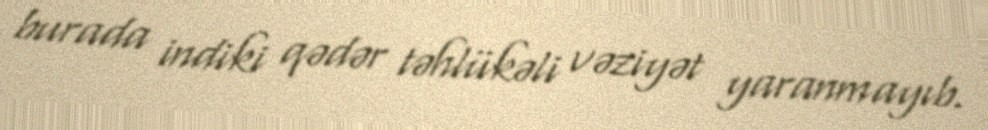
burada indiki qədər təhlükəli vəziyət yaranmayıb.